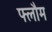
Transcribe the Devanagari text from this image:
फ्लौम